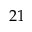
2 1